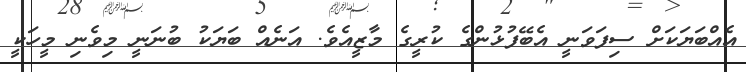
އެއްބަޔަކަށް ސިފަވަނީ އެބޭފުޅުންގެ ކުރީގެ މާޒީއެވެ. އަނެއް ބަޔަކު ބުނަނީ މިވެނި މީހަކީ